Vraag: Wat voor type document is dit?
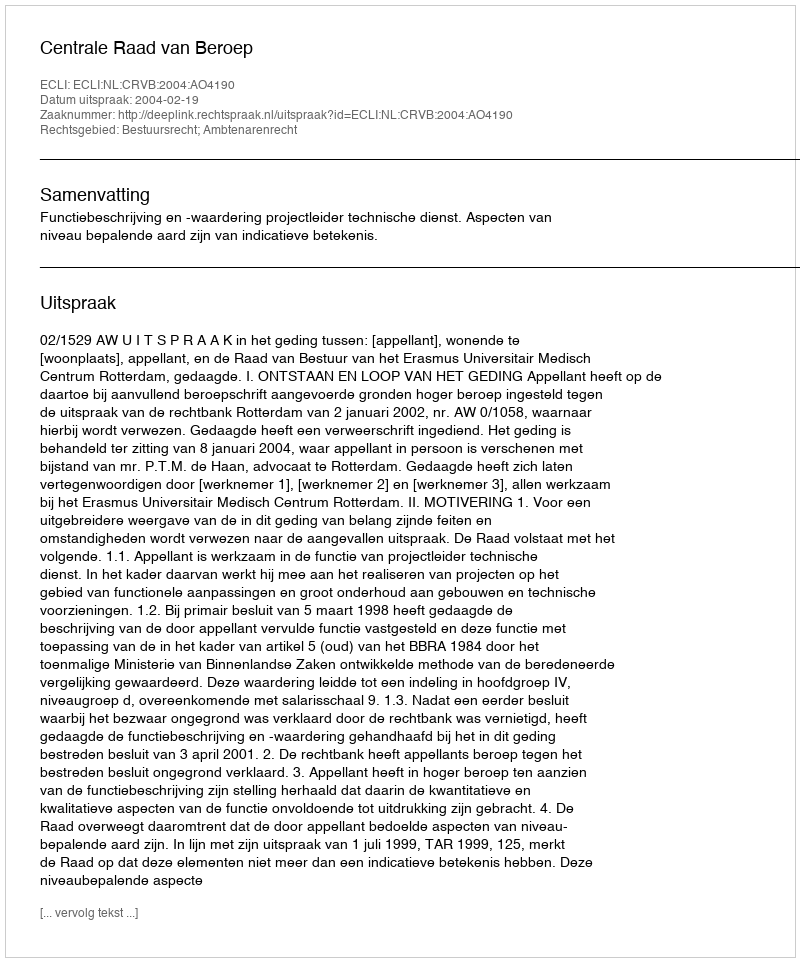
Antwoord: Uitspraak